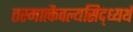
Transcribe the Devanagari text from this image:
तस्मात्कैवल्यसिद्ध्यर्थं